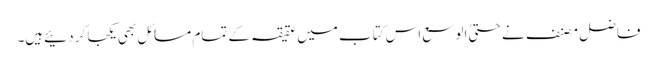
فاضل مصنف نے حتیٰ الوسع اس کتاب میں عقیقہ کے تمام مسائل بھی یکجا کردئیےہیں۔